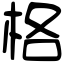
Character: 格